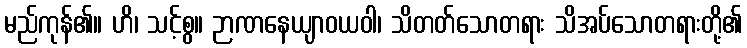
မည်ကုန်၏။ ဟိ၊ သင့်စွ။ ဉာဏနေယျာဝယဝါ၊ သိတတ်သောတရား သိအပ်သောတရားတို့၏